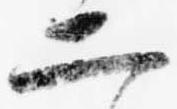
二